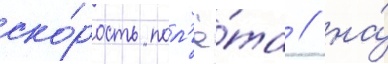
ско́рость пол'ё́та / на́